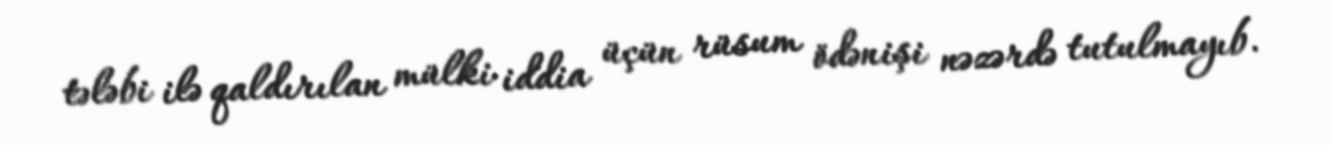
tələbi ilə qaldırılan mülki iddia üçün rüsum ödənişi nəzərdə tutulmayıb.